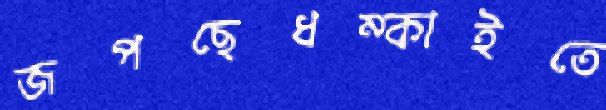
জপছেধম্‌কাইতে